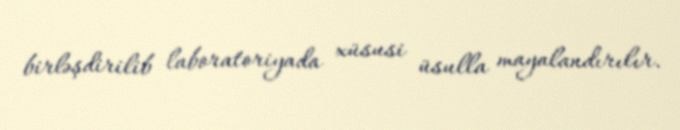
birləşdirilib laboratoriyada xüsusi üsulla mayalandırılır.